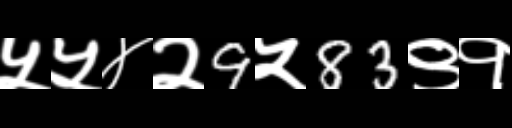
Text: ५५४२9५83९१